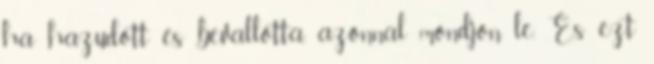
ha hazudott és bevallotta, azonnal mondjon le. És ezt